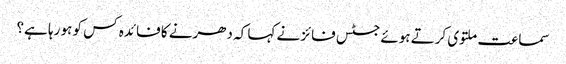
سماعت ملتوی کرتے ہوئے جسٹس فائز نے کہا کہ دھرنے کا فائدہ کس کو ہو رہا ہے؟